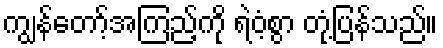
ကျွန်တော့်အကြည့်ကို ရဲဝံ့စွာ တုံ့ပြန်သည်။